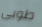
طوبى